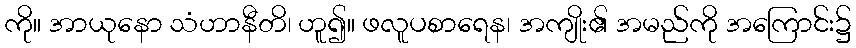
ကို။ အာယုနော သံဟာနီတိ၊ ဟူ၍။ ဖလူပစာရေန၊ အကျိုး၏ အမည်ကို အကြောင်း၌